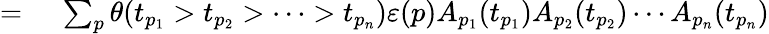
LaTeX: \begin{array}{rl}{={}}&{{}\sum_{p}\theta(t_{p_{1}}>t_{p_{2}}>\cdots>t_{p_{n}})\varepsilon(p)A_{p_{1}}(t_{p_{1}})A_{p_{2}}(t_{p_{2}})\cdots A_{p_{n}}(t_{p_{n}})}\end{array}